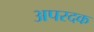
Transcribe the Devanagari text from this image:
अपरदक